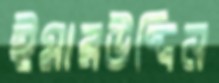
ইমারউদ্দিন